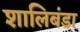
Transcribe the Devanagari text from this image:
शालिबंडा